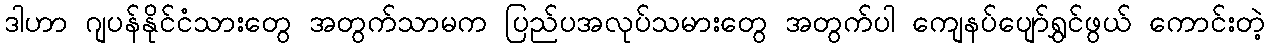
ဒါဟာ ဂျပန်နိုင်ငံသားတွေ အတွက်သာမက ပြည်ပအလုပ်သမားတွေ အတွက်ပါ ကျေနပ်ပျော်ရွှင်ဖွယ် ကောင်းတဲ့